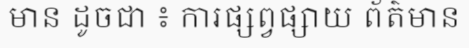
មាន ដូចជា ៖ ការផ្សព្វផ្សាយ ព័ត៌មាន